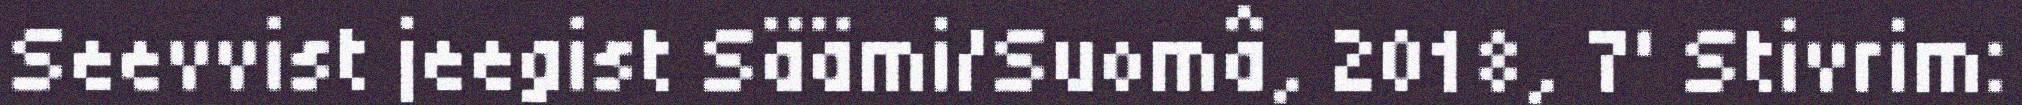
Seevvist jeegist Säämi/Suomâ, 2018, 7' Stivrim: